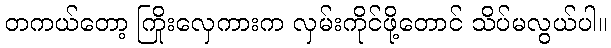
တကယ်တော့ ကြိုးလှေကားက လှမ်းကိုင်ဖို့တောင် သိပ်မလွယ်ပါ။